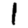
Digit: 1